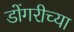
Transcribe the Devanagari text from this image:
डोंगरीच्या